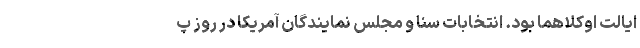
ایالت اوکلاهما بود. انتخابات سنا و مجلس نمایندگان آمریکا در روز پ